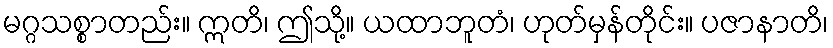
မဂ္ဂသစ္စာတည်း။ ဣတိ၊ ဤသို့။ ယထာဘူတံ၊ ဟုတ်မှန်တိုင်း။ ပဇာနာတိ၊